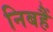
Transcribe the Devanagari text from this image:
निबहैं